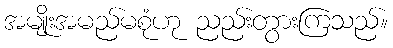
အမျိုးအမည်မစုံဟု ညည်းတွားကြသည်။